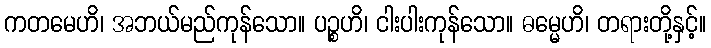
ကတမေဟိ၊ အဘယ်မည်ကုန်သော။ ပဉ္စဟိ၊ ငါးပါးကုန်သော။ ဓမ္မေဟိ၊ တရားတို့နှင့်။